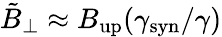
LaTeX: \tilde{B}_{\perp}\approx B_{\mathrm{up}}(\gamma_{\mathrm{syn}}/\gamma)